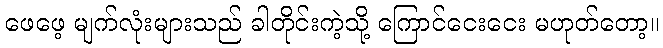
ဖေဖေ့ မျက်လုံးများသည် ခါတိုင်းကဲ့သို့ ကြောင်ငေးငေး မဟုတ်တော့။